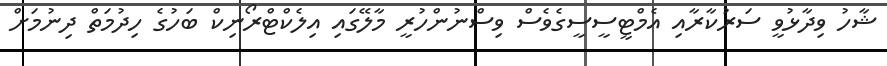
ޝާހު ވިދާޅުވީ ސަރުކާރާއި އެމްޓީސީސީގެވެސް ވިސްނުންހުރީ މާލޭގައި އިލެކްޓްރޯނިކް ބަހުގެ ހިދުމަތް ދިނުމަށް